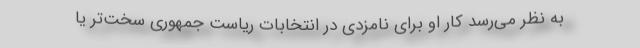
به نظر می‌رسد کار او برای نامزدی در انتخابات ریاست جمهوری سخت‌تر یا